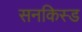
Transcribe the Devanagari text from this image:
सनकिस्ड